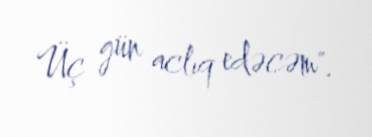
Üç gün aclıq edəcəm".